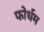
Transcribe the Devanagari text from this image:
फोर्धम